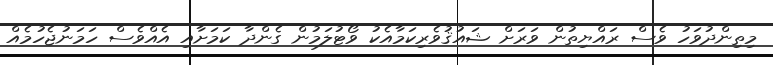
މިތިންދުވަހު ވެސް ރައްޔިތުން ވަރަށް ޝައުޤުވެރިކަމާއެކު ވޯޓުލަމުން ގެންދާ ކަމަށާއި އެއްވެސް ހަމަނުޖެހުމެއް